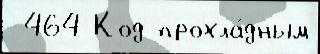
 464 Код прохла́дным